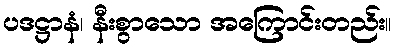
ပဒဋ္ဌာနံ၊ နီးစွာသော အကြောင်းတည်း။